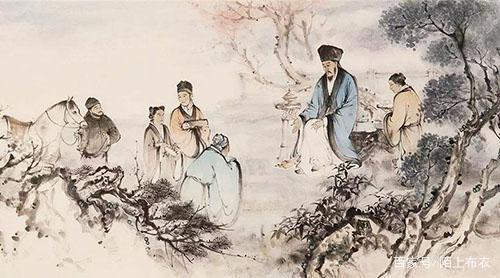
人皆可以为尧舜。